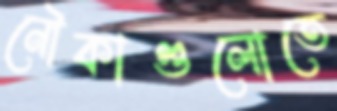
নৌকাগুলোতে